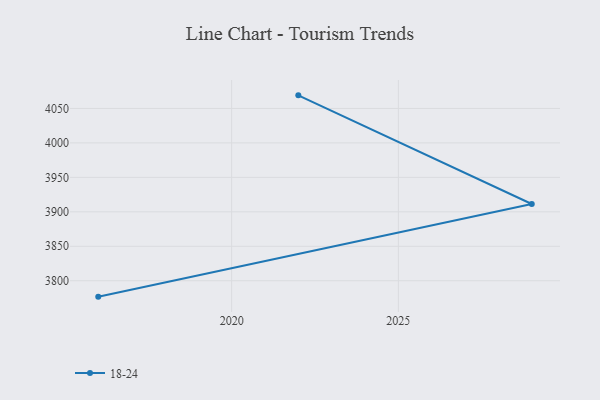
{"axis": {"x": "Year", "y": "Website Visitors"}, "legend": ["18-24"], "data": [{"x": "2016", "y": 3776.9, "type": "18-24"}, {"x": "2029", "y": 3911.3, "type": "18-24"}, {"x": "2022", "y": 4069.0, "type": "18-24"}]}